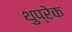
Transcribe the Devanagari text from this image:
थुप्रेक